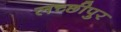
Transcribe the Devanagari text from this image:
लच्छीपुर